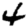
Digit: 4